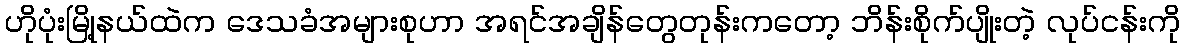
ဟိုပုံးမြို့နယ်ထဲက ဒေသခံအများစုဟာ အရင်အချိန်တွေတုန်းကတော့ ဘိန်းစိုက်ပျိုးတဲ့ လုပ်ငန်းကို